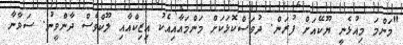
"މަންމަ މިއުޅެނީ ޔޫކޭއަށް ފުރަން. ދުވަސްކޮޅަކަށް މަންމައާއިއެކު އިޒިކްއާއި ލޫކްވެސް ދާންވީނު. ސަވާނާ